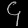
Digit: ၄